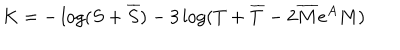
K = - \log ( S + \overline { { S } } ) - 3 \log ( T + \overline { { T } } - 2 \overline { { M } } e ^ { A } M )